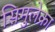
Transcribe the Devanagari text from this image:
सिमुलेक्रा